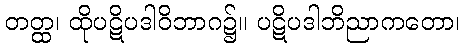
တတ္ထ၊ ထိုပဋိပဒါဝိဘာဂ၌။ ပဋိပဒါဘိညာကတော၊